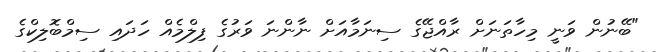
"ބޭނުން ވަނީ މިހާތަނަށް ރާއްޖޭގެ ސިނަމާއަށް ނާންނަ ވަރުގެ ފިލްމެއް ހަދައި ސިމްބޮލިކްގެ